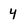
Character: 4